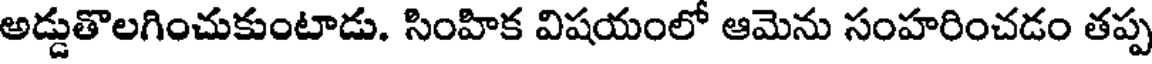
అడ్డుతొలగించుకుంటాడు. సింహిక విషయంలో ఆమెను సంహరించడం తప్ప